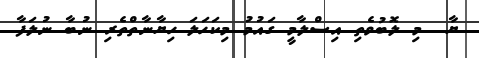
ޔާ  މި ލޮބުވެތި އިސްލާމީ ގައުމު މިކަހަލަ ހިޔާނާތްތެރި ނުބާ ނުލަފާ